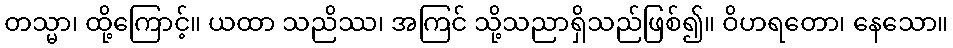
တသ္မာ၊ ထို့ကြောင့်။ ယထာ သညိဿ၊ အကြင် သို့သညာရှိသည်ဖြစ်၍။ ဝိဟရတော၊ နေသော။